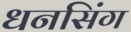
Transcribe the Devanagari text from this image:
धनसिंग